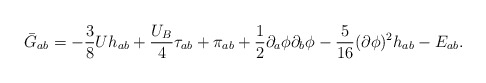
\begin{align*}\bar G_{ab}= -\frac{3}{8}Uh_{ab}+\frac{U_B}{4}\tau_{ab}+\pi_{ab}+\frac{1}{2}\partial_a \phi \partial_b\phi -\frac{5}{16}(\partial\phi)^2 h_{ab}-E_{ab}.\end{align*}